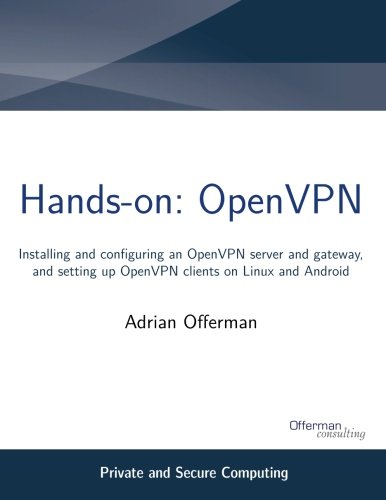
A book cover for Hands-on: OpenVPN: Installing and configuring an OpenVPN server and gateway, and setting up OpenVPN clients on Linux and Android (Private and Secure Computing); Adrian Offerman; Computers & Technology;